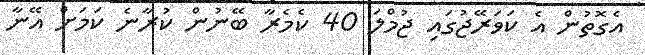
އެގޮތުން އެ ކަވަރޭޖުގައި ޖުމްލަ 40 ކެމެރާ ބޭނުން ކުރާނެ ކަމަށް އޭނާ